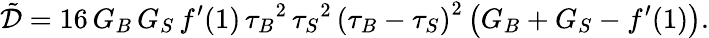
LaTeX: \tilde{\mathcal{D}}=16\, G_{B}\, G_{S}\, f^{\prime}(1)\, {\tau_{B}}^{2}\, {\tau_{S}}^{2}\, {{\left(\tau_{B}-\tau_{S}\right)}}^{2}\, {\left(G_{B}+G_{S}-f^{\prime}(1)\right)}.